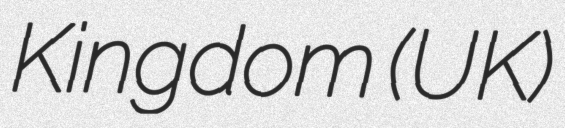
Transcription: Kingdom (UK)